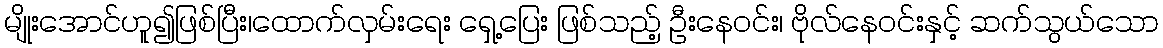
မျိုးအောင်ဟူ၍ဖြစ်ပြီး၊ထောက်လှမ်းရေး ရှေ့ပြေး ဖြစ်သည့် ဦးနေဝင်း၊ ဗိုလ်နေဝင်းနှင့် ဆက်သွယ်သော